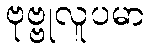
ဗုဗ္ဗုလူပမာ